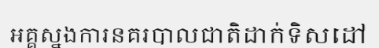
អគ្គស្នងការនគរបាលជាតិដាក់ទិសដៅ